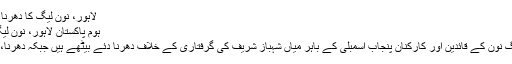
لاہور، نون لیگ کا دھرنا شدید احتجاج میں تبدیل | سچ ٹائمز
ہوم پاکستان لاہور، نون لیگ کا دھرنا شدید احتجاج میں تبدیل
لاہور (سچ ٹائمز) پاکستان مسلم لیگ نون کے قائدین اور کارکنان پنجاب اسمبلی کے باہر میاں شہباز شریف کی گرفتاری کے خلاف دھرنا دئے بیٹھے ہیں جبکہ دھرنا، شدید احتجاج میں تبدیل ہو گیا ہے۔